Indian Medical Review
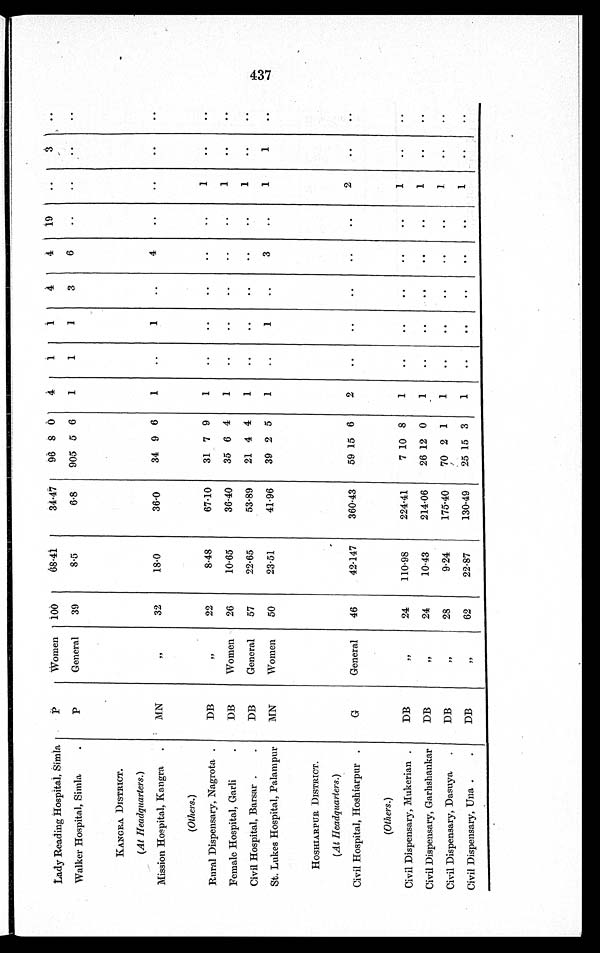
Lady Reading Hospital, Simla
P
Women 100
68·41
34·47
96 8 0
4
1
1
4
4
19
..
3
..
Walker Hospital, Simla .
P
General
39
8·5
6·8
905 5 6
1
1
1
3 6
.. ..
..
..
KANGRA DISTRICT.
(At Headquarters .)
Mission Hospital, Kangra .
MN
”
32
18·0
36·0
34 9 6
1
. .
1
..
4
.. ..
..
..
(Others.)
Rural Dispensary, Nagrota .
DB
”
22
8·48
67·10
31 7 9
1
..
. .
..
. .
.. 1
..
..
Female Hospital, Garli .
DB
Women
26
10·65
36·40
35 6 4
1
..
..
. .
. .
. . 1
..
..
Civil Hospital, Barsar . .
DB
General
57
22·65
53·89
21 4 4
1
. .
. .
. .
. .
. .
1 ..
..
St. Lukes Hospital, Palampur
MN
Women
50
23·51
41·96
39 2 5
1
..
1
..
3
..
1
1
. .
HOSHIARPUR DISTRICT.
(At Headquarters. )
Civil Hospital, Hoshiarpur .
G
General
46
42·147
360·43
59 15 6
2
..
..
..
. .
..
2
. .
..
(Others.)
Civil Dispensary, Mukerian .
D B
”
2 4 110·98
224·41
7 10 8
1
. .
. .
. .
. .
. .
1
..
. .
Civil Dispensary, Garhshankar
DB
”
24
10·43
214·06
26 12 0
1
..
..
..
..
..
1
..
. .
Civil Dispensary, Dasuya .
DB
”
28
9·24
175·40
70 2 1
1
..
..
. .
..
. .
1
. .
..
Civil Dispensary, Una . .
DB
”
62
22·87
130·49
25 15 3
1
..
..
..
..
..
1
..
..
437